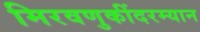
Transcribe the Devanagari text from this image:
मिरवणुकींदरम्यान